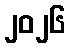
၂၀၂၆